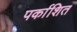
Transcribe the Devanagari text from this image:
पर्काशित